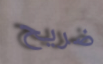
ضريح